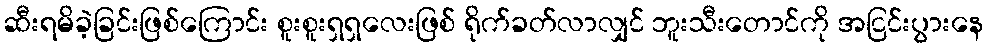
ဆီးရမိခဲ့ခြင်းဖြစ်ကြောင်း စူးစူးရှရှလေးဖြစ် ရိုက်ခတ်လာလျှင် ဘူးသီးတောင်ကို အငြင်းပွားနေ